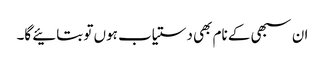
ان سبھی کے نام بھی دستیاب ہوں تو بتائیے گا۔